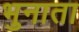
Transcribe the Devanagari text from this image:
भुनाता